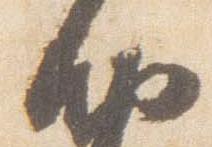
納